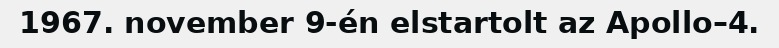
1967. november 9-én elstartolt az Apollo–4.